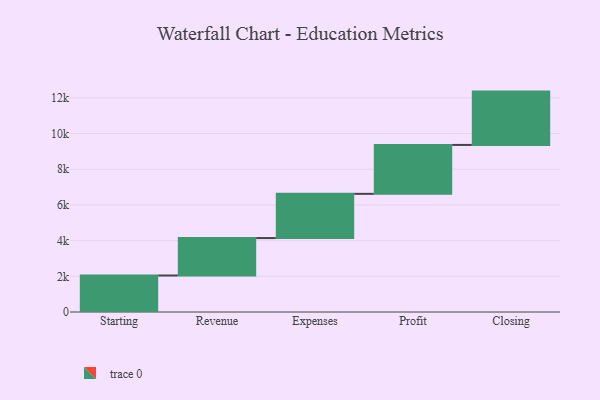
{"axis": {"x": "Step", "y": "Value"}, "legend": [""], "data": [{"x": "Starting", "y": 2045.0, "type": ""}, {"x": "Revenue", "y": 2097.0, "type": ""}, {"x": "Expenses", "y": 2478.0, "type": ""}, {"x": "Profit", "y": 2740.0, "type": ""}, {"x": "Closing", "y": 2988.0, "type": ""}]}